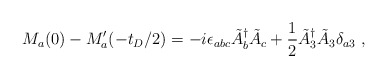
\begin{align*}M_a(0)-M'_a(-t_D/2) = -i\epsilon_{abc} \tilde{A}_b^\dagger \tilde{A}_c +\frac{1}{2} \tilde{A}_3^\dagger \tilde{A}_3 \delta_{a3} ~,\end{align*}